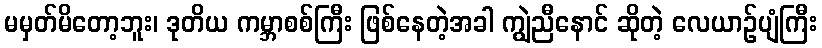
မမှတ်မိတော့ဘူး၊ ဒုတိယ ကမ္ဘာစစ်ကြီး ဖြစ်နေတဲ့အခါ ကျွဲညီနောင် ဆိုတဲ့ လေယာဉ်ပျံကြီး